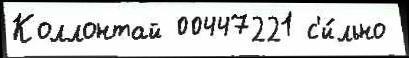
Коллонтай 00447221 с'и́льно